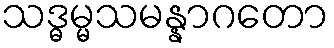
သဒ္ဓမ္မသမန္နာဂတော